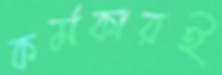
কর্মকারই